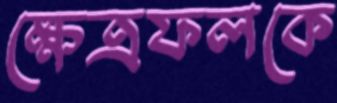
ক্ষেত্রফলকে